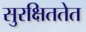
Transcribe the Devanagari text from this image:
सुरक्षिततेत